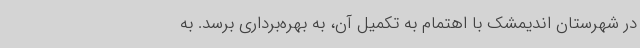
در شهرستان اندیمشک با اهتمام به تکمیل آن، به بهره‌برداری برسد. به